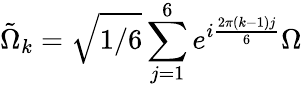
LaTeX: \tilde{\Omega}_{k}=\sqrt{1/6}\sum_{j=1}^{6}e^{i\frac{2\pi(k-1)j}{6}}\Omega